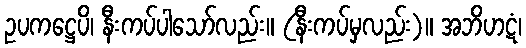
ဥပကဋ္ဌေပိ၊ နီးကပ်ပါသော်လည်း။ (နီးကပ်မှလည်း)။ အဘိဟဋံ၊